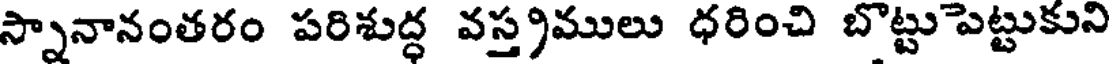
స్నానానంతరం పరిశుద్ధ వస్త్రములు ధరించి బొట్టుపెట్టుకుని